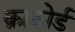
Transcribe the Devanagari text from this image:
क्राफ़ोर्ड